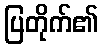
ပြတိုက်၏